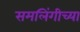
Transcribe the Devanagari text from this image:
समलिंगीच्या